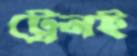
ট্রেনই